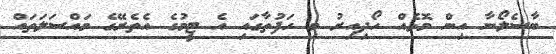
ބާސެލޯނާ އިން މޮޅެއް ހޯދިއިރު މި ހަފުތާގައި އެ ޓީމުގެ އެތެރޭގެ މައްސަލަތައް